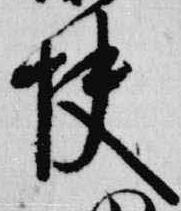
快